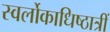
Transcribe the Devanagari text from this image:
स्वर्लोकाधिष्ठात्रीं